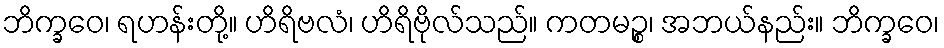
ဘိက္ခဝေ၊ ရဟန်းတို့။ ဟိရိဗလံ၊ ဟိရိဗိုလ်သည်။ ကတမဉ္စ၊ အဘယ်နည်း။ ဘိက္ခဝေ၊